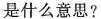
是什么意思?